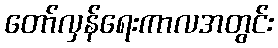
တော်လှန်ရေးကာလအတွင်း